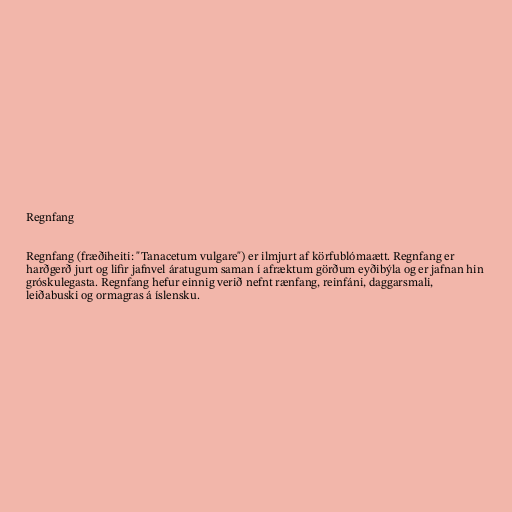
Regnfang

Regnfang (fræðiheiti: "Tanacetum vulgare") er ilmjurt af körfublómaætt. Regnfang er
harðgerð jurt og lifir jafnvel áratugum saman í afræktum görðum eyðibýla og er jafnan hin
gróskulegasta. Regnfang hefur einnig verið nefnt rænfang, reinfáni, daggarsmali,
leiðabuski og ormagras á íslensku.